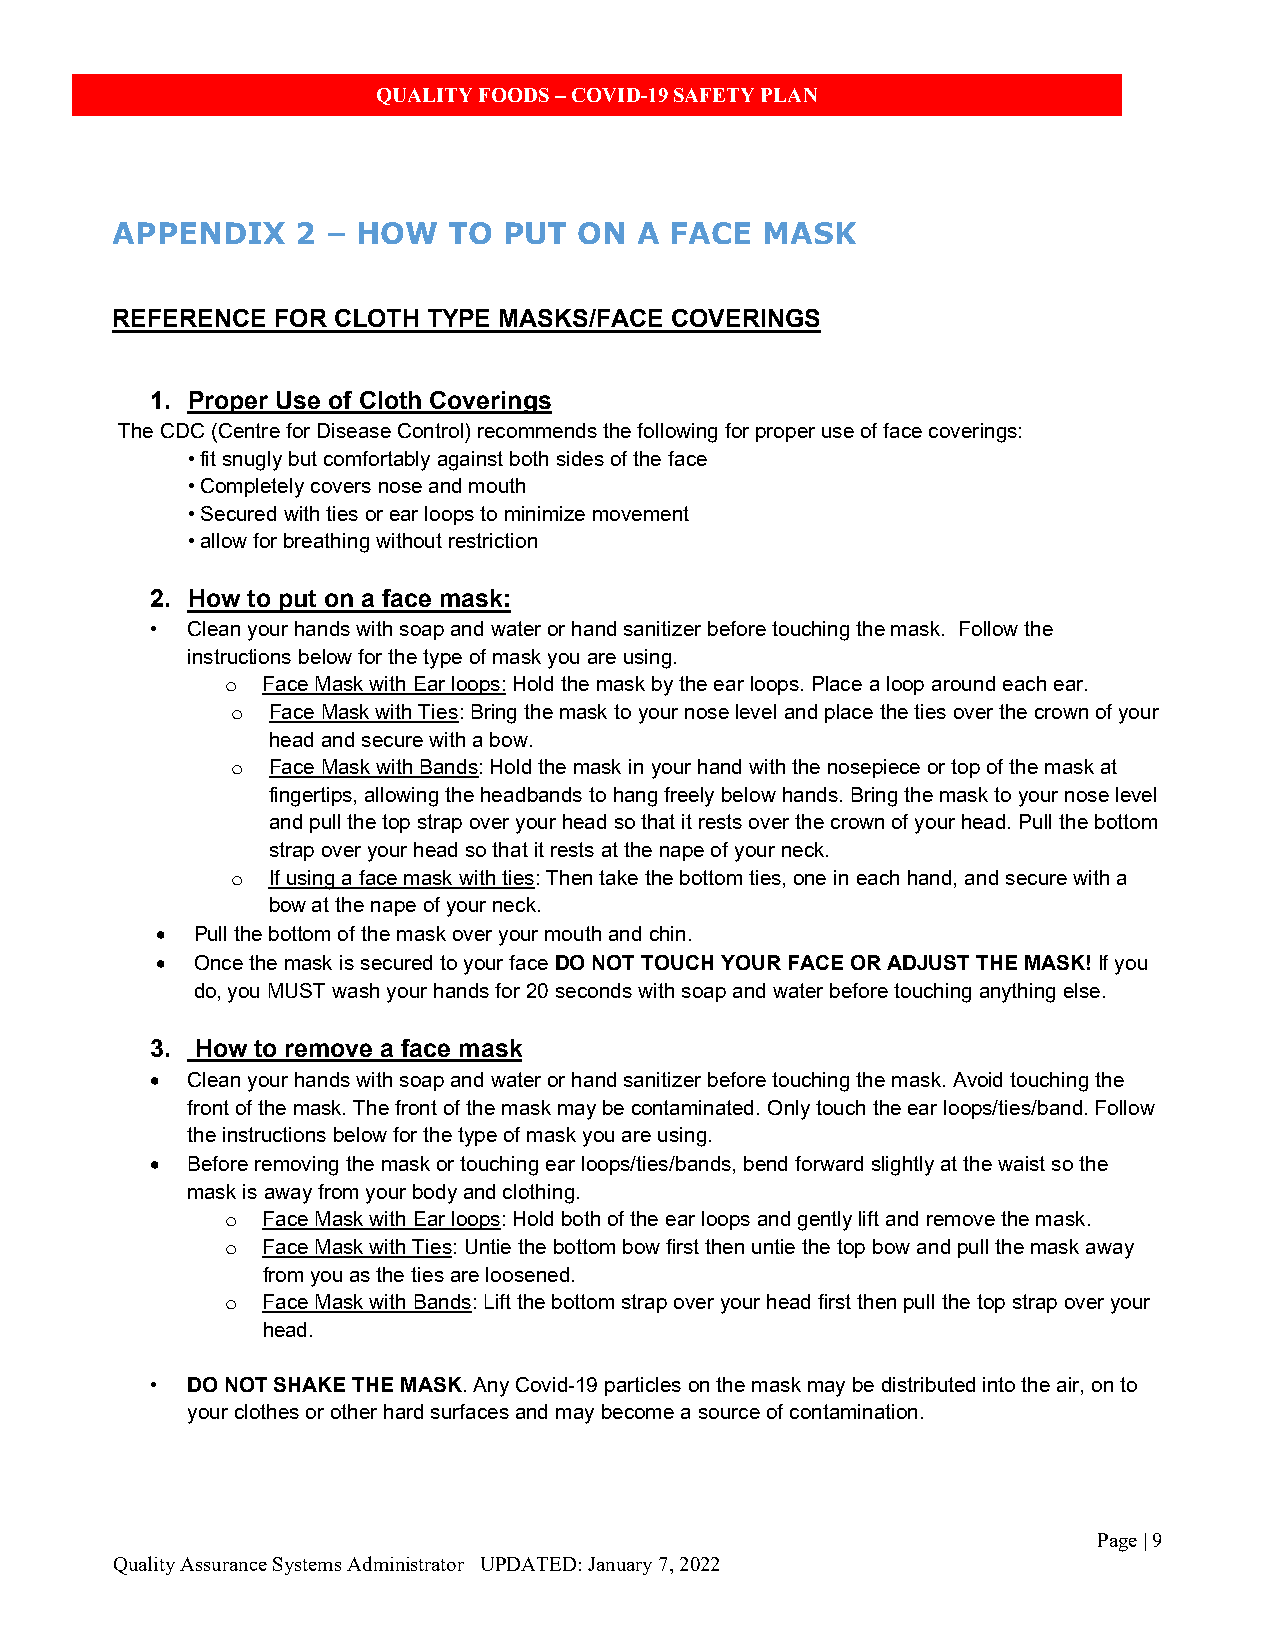
QUALITY FOODS – COVID-19 SAFETY PLAN
 APPENDIX     2 – HOW   TO PUT  ON  A FACE   MASK
 REFERENCE  FOR CLOTH TYPE MASKS/FACE COVERINGS
 1. Proper Use of Cloth Coverings
 The CDC (Centre for Disease Control) recommends the following for proper use of face coverings:
 • fit snugly but comfortably against both sides of the face
 • Completely covers nose and mouth
 • Secured with ties or ear loops to minimize movement
 • allow for breathing without restriction
 2. How to put on a face mask:
 • Clean your hands with soap and water or hand sanitizer before touching the mask. Follow the
 instructions below for the type of mask you are using.
 Face Mask with Ear loops: Hold the mask by the ear loops. Place a loop around each ear.
 o
 Face Mask with Ties: Bring the mask to your nose level and place the ties over the crown of your
 o
 head and secure with a bow.
 Face Mask with Bands: Hold the mask in your hand with the nosepiece or top of the mask at
 o
 fingertips, allowing the headbands to hang freely below hands. Bring the mask to your nose level
 and pull the top strap over your head so that it rests over the crown of your head. Pull the bottom
 strap over your head so that it rests at the nape of your neck.
 If using a face mask with ties: Then take the bottom ties, one in each hand, and secure with a
 o
 bow at the nape of your neck.
 •  Pull the bottom of the mask over your mouth and chin.
 •  Once the mask is secured to your face DO NOT TOUCH YOUR FACE OR ADJUST THE MASK! If you
 do, you MUST wash your hands for 20 seconds with soap and water before touching anything else.
 3. How to remove a face mask
 • Clean your hands with soap and water or hand sanitizer before touching the mask. Avoid touching the
 front of the mask. The front of the mask may be contaminated. Only touch the ear loops/ties/band. Follow
 the instructions below for the type of mask you are using.
 • Before removing the mask or touching ear loops/ties/bands, bend forward slightly at the waist so the
 mask is away from your body and clothing.
 Face Mask with Ear loops: Hold both of the ear loops and gently lift and remove the mask.
 o
 Face Mask with Ties: Untie the bottom bow first then untie the top bow and pull the mask away
 o
 from you as the ties are loosened.
 Face Mask with Bands: Lift the bottom strap over your head first then pull the top strap over your
 o
 head.
 • DO NOT SHAKE THE MASK. Any Covid-19 particles on the mask may be distributed into the air, on to
 your clothes or other hard surfaces and may become a source of contamination.
 Page | 9
 Quality Assurance Systems Administrator UPDATED: January 7, 2022